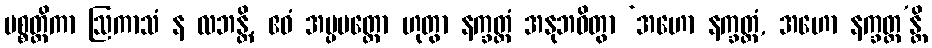
ပစ္စတ္ထိကာ ဩကာသံ န လဘန္တိ, ဧဝံ အပ္ပမတ္တော ဟုတွာ နက္ခတ္တံ အနုဘဝိတွာ ‘အဟော နက္ခတ္တံ, အဟော နက္ခတ္တ’န္တိ